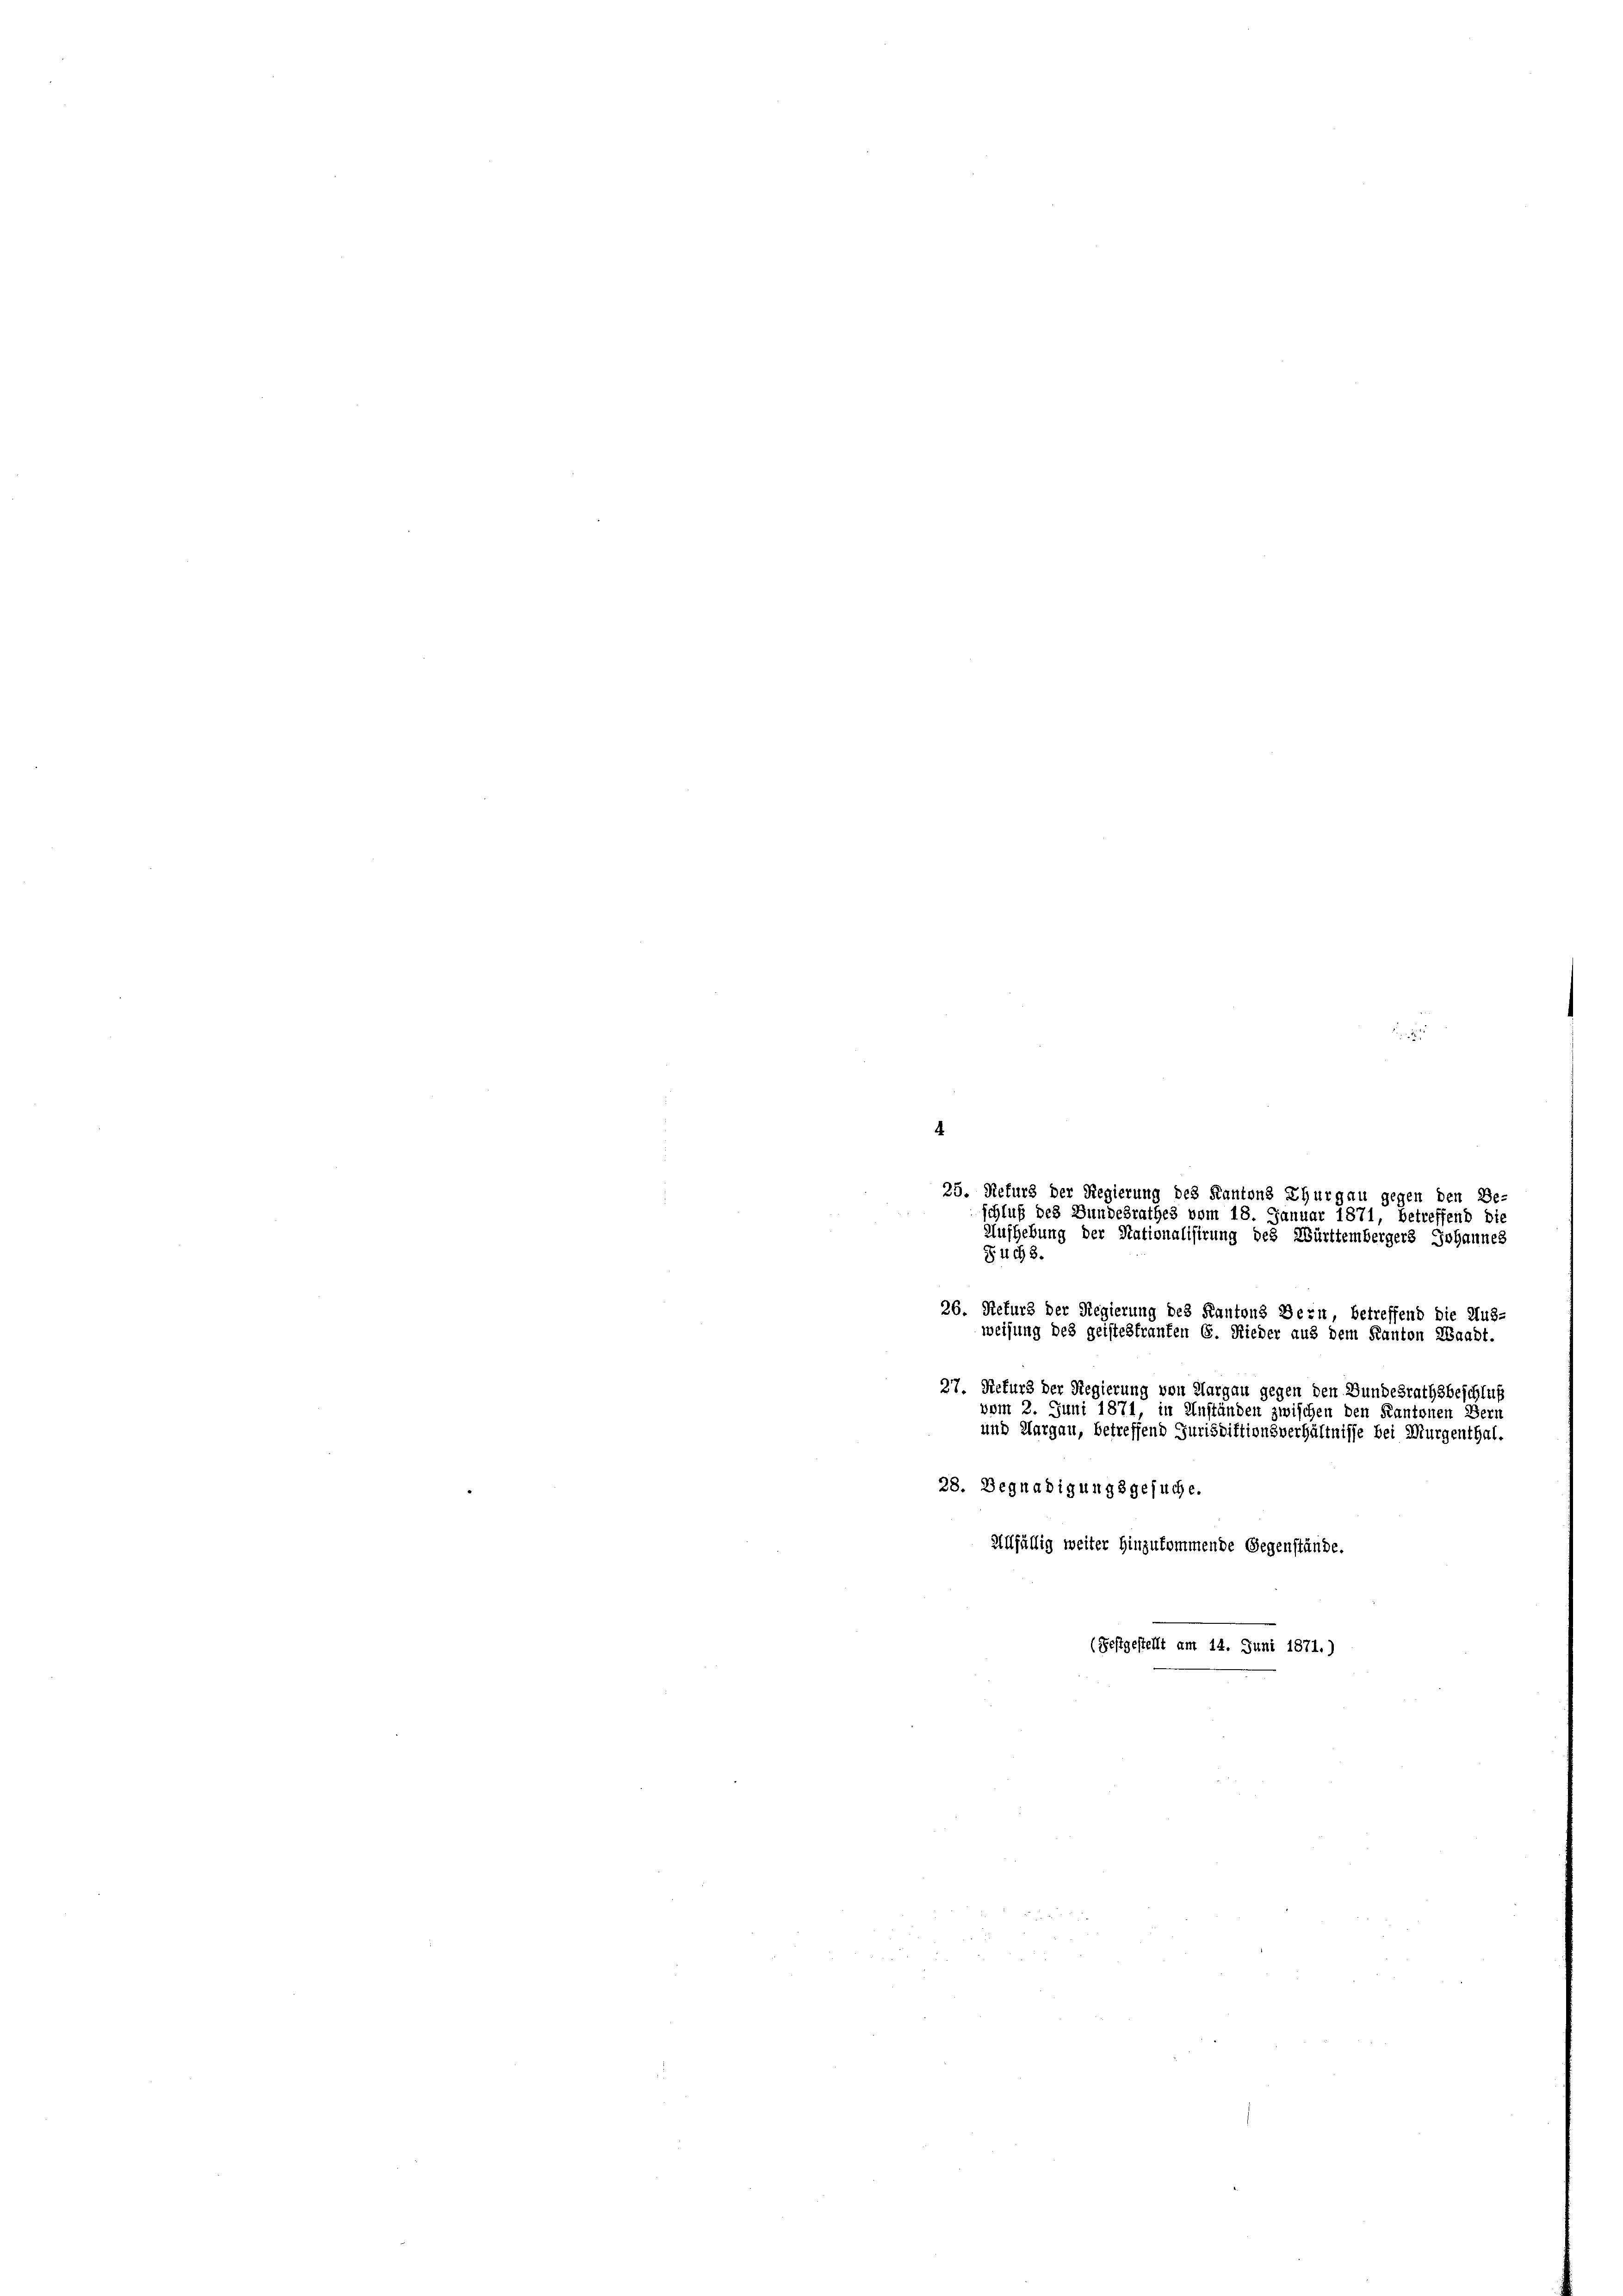
4

25. Refurs der Regierung des Kantons Thurgau gegen den Be-
schluß des Bundesrathes vom 18. Januar 1871, betreffend die
Aufhebung der Nationalisirung des Württembergers.
§1168.
27. Hefurs der Regierung von Aargau gegen den Bundesrathsbeschluß
vom 2. Juni 1871, in Anständen zwischen den Kantonen Bern
und Aargau, betreffend Jurisdiktionsverhältnisse bei Murgenthal.
28. Begnadigungsgesuche.

26. Refurs der Regierung des Kantons Bern,
getreffend die Aus-
weisung des geistes franten 6. Nieder aus dem Kanton Waadt.

Allfällig weiter hinzukommende Gegenstände.
(Festgestellt am 14. Juni 1871.)

§ 2.

hannes